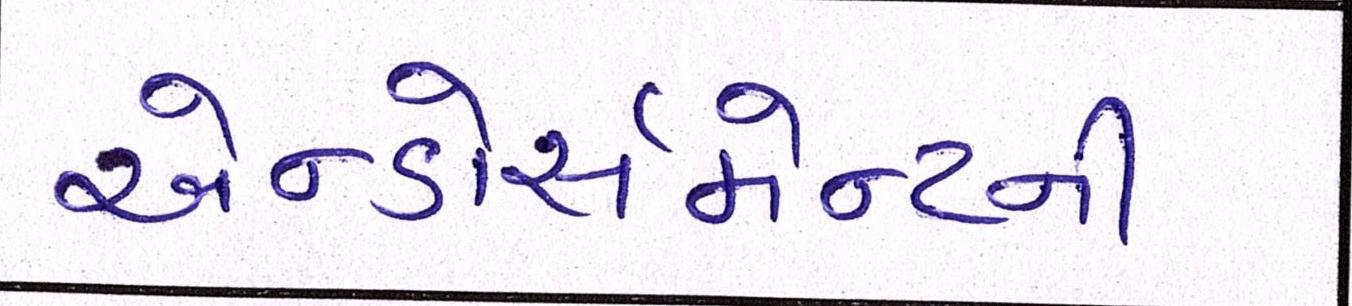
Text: એન્ડોર્સમેન્ટની